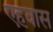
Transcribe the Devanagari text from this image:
एहवास